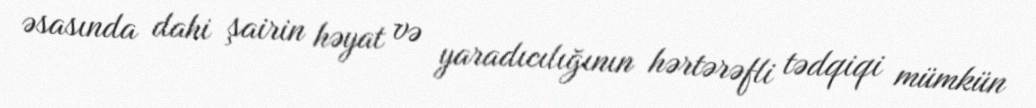
əsasında dahi şairin həyat və yaradıcılığının hərtərəfli tədqiqi mümkün